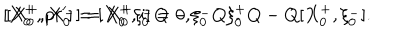
LaTeX: [ X _ { 0 } ^ { + } , p r ^ { \prime } ] = [ X _ { 0 } ^ { + } , i ] = 0 , \hspace { 1 c m } [ X _ { 0 } ^ { + } , X _ { 0 } ^ { - } ] = X _ { 0 } ^ { + } \xi _ { 0 } ^ { - } Q - \xi _ { 0 } ^ { - } Q \xi _ { 0 } ^ { + } Q - Q [ X _ { 0 } ^ { + } , \xi _ { 0 } ^ { - } ] .